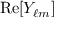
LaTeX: { \mathrm { R e } } [ Y _ { \ell m } ]